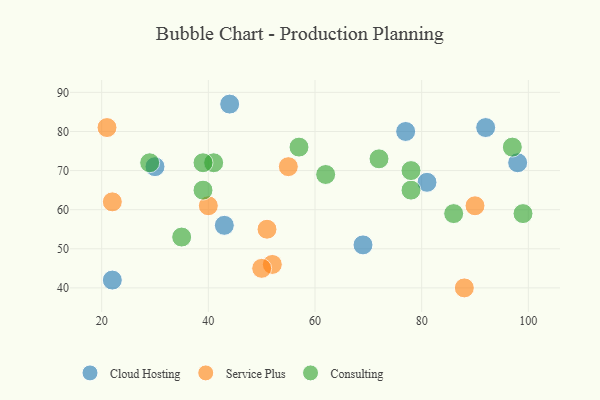
{"axis": {"x": "GDP", "y": "Life Expectancy"}, "legend": ["Cloud Hosting", "Consulting", "Service Plus"], "data": [{"x": "22", "y": 42, "type": "Cloud Hosting"}, {"x": "92", "y": 81, "type": "Cloud Hosting"}, {"x": "43", "y": 56, "type": "Cloud Hosting"}, {"x": "30", "y": 71, "type": "Cloud Hosting"}, {"x": "81", "y": 67, "type": "Cloud Hosting"}, {"x": "77", "y": 80, "type": "Cloud Hosting"}, {"x": "69", "y": 51, "type": "Cloud Hosting"}, {"x": "98", "y": 72, "type": "Cloud Hosting"}, {"x": "44", "y": 87, "type": "Cloud Hosting"}, {"x": "88", "y": 40, "type": "Service Plus"}, {"x": "21", "y": 81, "type": "Service Plus"}, {"x": "51", "y": 55, "type": "Service Plus"}, {"x": "40", "y": 61, "type": "Service Plus"}, {"x": "52", "y": 46, "type": "Service Plus"}, {"x": "90", "y": 61, "type": "Service Plus"}, {"x": "55", "y": 71, "type": "Service Plus"}, {"x": "22", "y": 62, "type": "Service Plus"}, {"x": "50", "y": 45, "type": "Service Plus"}, {"x": "41", "y": 72, "type": "Consulting"}, {"x": "62", "y": 69, "type": "Consulting"}, {"x": "35", "y": 53, "type": "Consulting"}, {"x": "78", "y": 65, "type": "Consulting"}, {"x": "97", "y": 76, "type": "Consulting"}, {"x": "86", "y": 59, "type": "Consulting"}, {"x": "39", "y": 65, "type": "Consulting"}, {"x": "39", "y": 72, "type": "Consulting"}, {"x": "78", "y": 70, "type": "Consulting"}, {"x": "29", "y": 72, "type": "Consulting"}, {"x": "57", "y": 76, "type": "Consulting"}, {"x": "99", "y": 59, "type": "Consulting"}, {"x": "72", "y": 73, "type": "Consulting"}]}